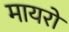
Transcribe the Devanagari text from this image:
मायरो